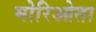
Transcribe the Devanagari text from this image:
मोरिओता